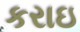
કરાઇ